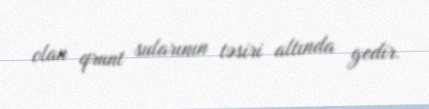
olan qrunt sularının təsiri altında gedir.